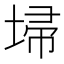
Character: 埽